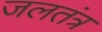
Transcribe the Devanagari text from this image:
जलतंत्र